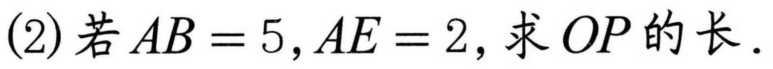
(2) 若\(AB = 5,AE = 2\)，求\(OP\)的长．